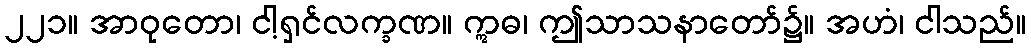
၂၂၁။ အာဝုတော၊ ငါ့ရှင်လက္ခဏ။ ဣဓ၊ ဤသာသနာတော်၌။ အဟံ၊ ငါသည်။